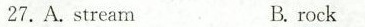
27.A.streamB. rock